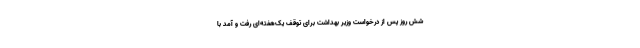
شش روز پس از درخواست وزیر بهداشت برای توقف یک‌هفته‌ای رفت و آمد با